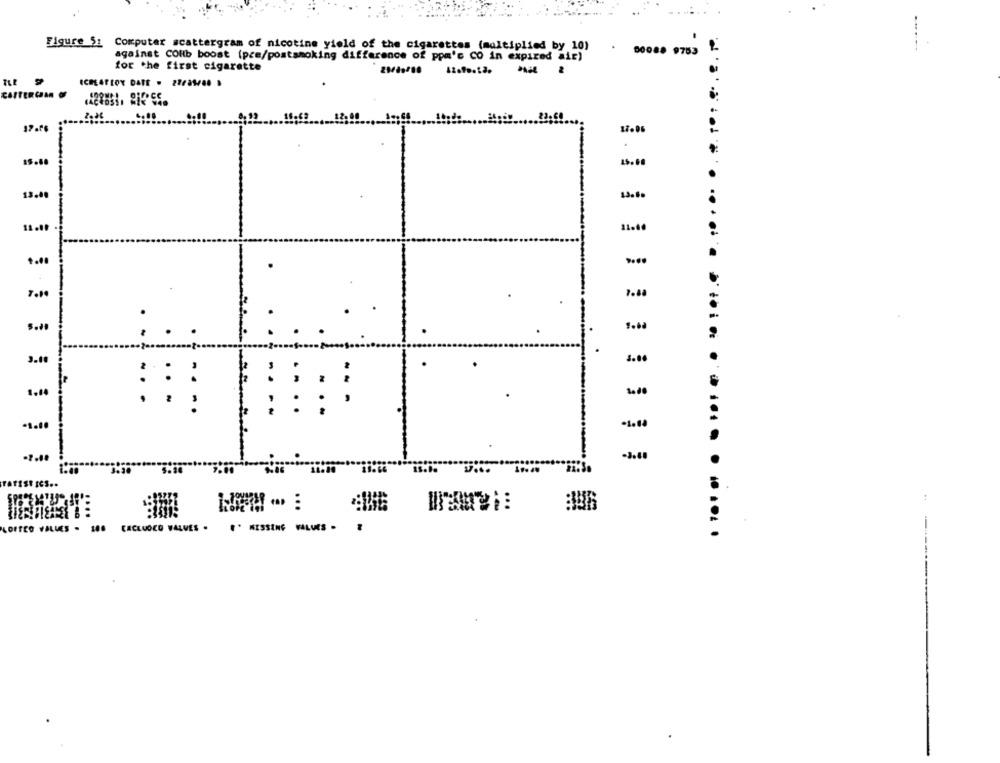
Figure 52 Computer scattergram of nicotine yield of the cigarettes (multiplied by 10)
00088 9753
against COHb boost (pre/postsmoking difference of ppm's CO in expired air)
for the first cigarette
ECHEAFLOY DARE . 27F31/06 .
CARTEROM
15.80
13.4.
7.88
:.
3.00
:
1.10
-1.10
......
-3.00
..
LOFTED VALUES . 106 CACLUOCO VALUES .
. ......